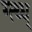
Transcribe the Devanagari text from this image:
ग्त्थ्ध्